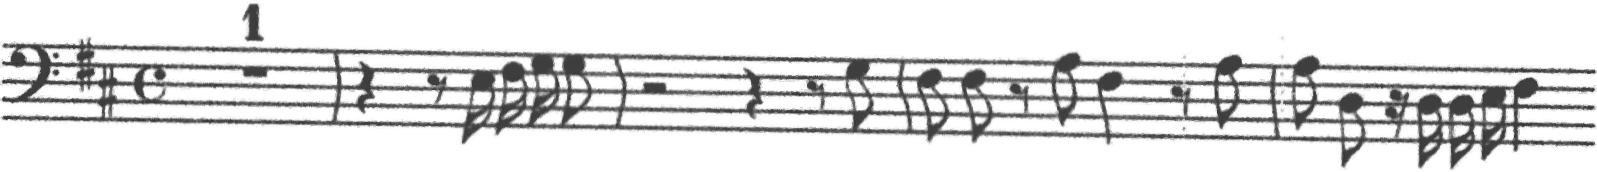
Transcription: clef-F4 keySignature-DM timeSignature-C multirest-1 barline rest-quarter rest-eighth note-E3_sixteenth note-F#3_sixteenth note-G3_sixteenth note-G3_eighth barline rest-half rest-quarter rest-eighth note-G3_eighth barline note-F#3_eighth note-F#3_eighth rest-eighth note-A3_eighth note-F#3_quarter rest-eighth note-A3_eighth barline note-A3_eighth note-D3_eighth rest-sixteenth note-D3_sixteenth note-D3_sixteenth note-E3_sixteenth note-F#3_quarter